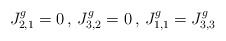
\begin{align*}J^g_{2,1}=0 \, , \, J^g_{3,2}=0 \, , \, J^g_{1,1}=J^g_{3,3}\end{align*}